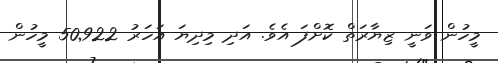
މީހުން ވަނީ ޒިޔާރަތް ކޮށްފަ އެވެ. އަދި މިދިޔަ އަހަރު 50